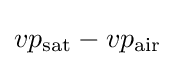
vp_{\text{sat}}-vp_{\text{air}}